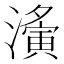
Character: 濥